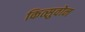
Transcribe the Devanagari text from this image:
कित्सुवोन